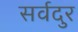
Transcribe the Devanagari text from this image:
सर्वदुर